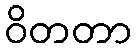
ဝိတတာ